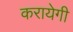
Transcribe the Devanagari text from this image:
करायेगी